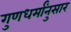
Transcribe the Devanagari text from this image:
गुणधर्मांनुसार